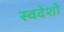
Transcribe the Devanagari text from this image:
स्वदेशो